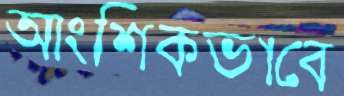
আংশিকভাবে